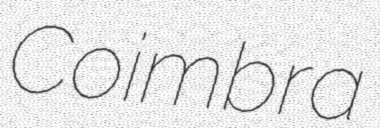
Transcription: Coimbra